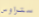
ستراوس